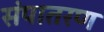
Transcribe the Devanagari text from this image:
संपातरण